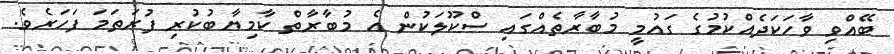
ބޭއްވި ވާހަކަދެއްކުމުގެ ގައުމީ މުބާރާތެއްގައި ސްކޫލަކުން އެ މުބާރާތް ކާމިޔާބުކުރި ފުރަތަމަ ފަހަރެވެ.